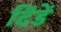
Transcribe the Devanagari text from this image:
दिंडें